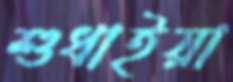
শুধাইয়া